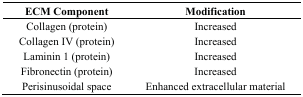
| ECM Component | Modification |
 | --- | --- |
 | Collagen (protein) | Increased |
 | Collagen IV (protein) | Increased |
 | Laminin 1 (protein) | Increased |
 | Fibronectin (protein) | Increased |
 | Perisinusoidal space | Enhanced extracellular material |